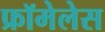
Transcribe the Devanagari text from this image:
फ्रॉमेलेस